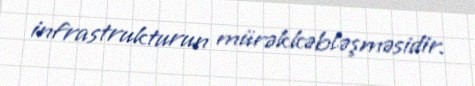
infrastrukturun mürəkkəbləşməsidir.